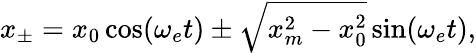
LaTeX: x_{\pm}=x_{0}\cos(\omega_{e}t)\pm\sqrt{x_{m}^{2}-x_{0}^{2}}\sin(\omega_{e}t),